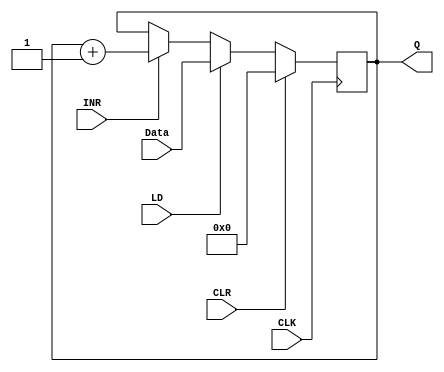
module INSTRUCTION_REGISTER(Q, INR, Data, LD, CLK, CLR);

    initial Q = 0;
 
	output reg [7:0] Q;
	input [7:0] Data;
	input INR, LD, CLK, CLR;
	
	always @(posedge CLK)
	begin
		if(CLR)
			Q <= 8'b0;
		else if(LD)
			Q <= Data;
		else if(INR)
			Q <= Q + 1;
	end	
endmodule